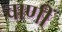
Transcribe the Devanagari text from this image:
वाणीं